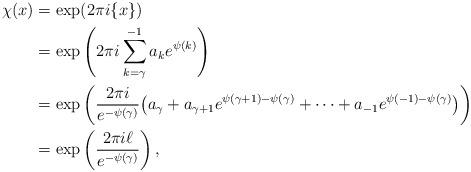
LaTeX: \begin{align*} \chi(x)&= \exp (2\pi i\{x\}) \\&= \exp \left( 2\pi i \sum_{k=\gamma}^{-1} a_k e^{\psi(k)} \right) \\&= \exp \left( \frac{2\pi i}{e^{-\psi(\gamma)}} \big( a_{\gamma} + a_{\gamma+1}e^{\psi(\gamma+1) - \psi(\gamma)} + \cdots + a_{-1}e^{\psi(-1) -\psi(\gamma)} \big) \right) \\&= \exp \left( \frac{2\pi i\ell}{e^{-\psi(\gamma)}} \right),\end{align*}